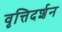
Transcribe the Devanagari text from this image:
वृत्तिदर्शन